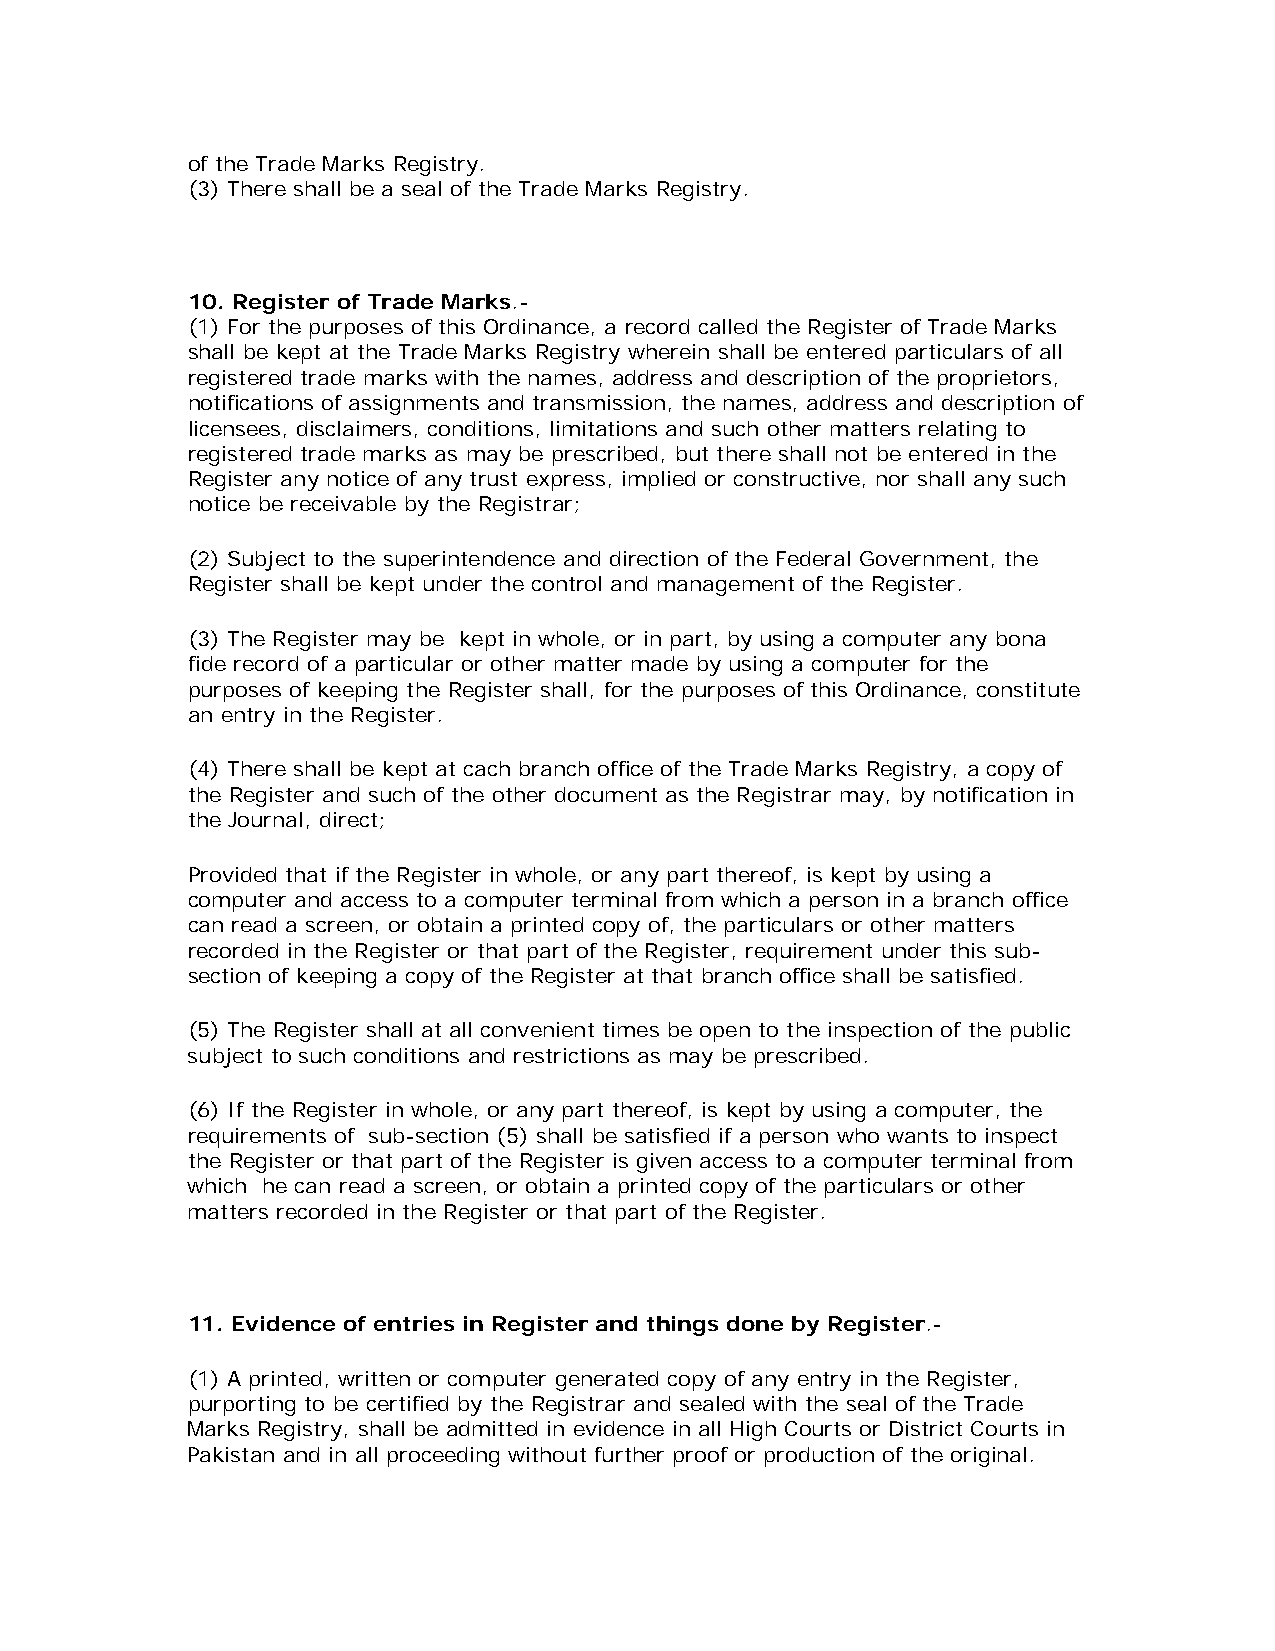
of the Trade Marks Registry.
 (3) There shall be a seal of the Trade Marks Registry.
 10. Register of Trade Marks.-
 (1) For the purposes of this Ordinance, a record called the Register of Trade Marks
 shall be kept at the Trade Marks Registry wherein shall be entered particulars of all
 registered trade marks with the names, address and description of the proprietors,
 notifications of assignments and transmission, the names, address and description of
 licensees, disclaimers, conditions, limitations and such other matters relating to
 registered trade marks as may be prescribed, but there shall not be entered in the
 Register any notice of any trust express, implied or constructive, nor shall any such
 notice be receivable by the Registrar;
 (2) Subject to the superintendence and direction of the Federal Government, the
 Register shall be kept under the control and management of the Register.
 (3) The Register may be kept in whole, or in part, by using a computer any bona
 fide record of a particular or other matter made by using a computer for the
 purposes of keeping the Register shall, for the purposes of this Ordinance, constitute
 an entry in the Register.
 (4) There shall be kept at cach branch office of the Trade Marks Registry, a copy of
 the Register and such of the other document as the Registrar may, by notification in
 the Journal, direct;
 Provided that if the Register in whole, or any part thereof, is kept by using a
 computer and access to a computer terminal from which a person in a branch office
 can read a screen, or obtain a printed copy of, the particulars or other matters
 recorded in the Register or that part of the Register, requirement under this sub-
 section of keeping a copy of the Register at that branch office shall be satisfied.
 (5) The Register shall at all convenient times be open to the inspection of the public
 subject to such conditions and restrictions as may be prescribed.
 (6) If the Register in whole, or any part thereof, is kept by using a computer, the
 requirements of sub-section (5) shall be satisfied if a person who wants to inspect
 the Register or that part of the Register is given access to a computer terminal from
 which he can read a screen, or obtain a printed copy of the particulars or other
 matters recorded in the Register or that part of the Register.
 11. Evidence of entries in Register and things done by Register.-
 (1) A printed, written or computer generated copy of any entry in the Register,
 purporting to be certified by the Registrar and sealed with the seal of the Trade
 Marks Registry, shall be admitted in evidence in all High Courts or District Courts in
 Pakistan and in all proceeding without further proof or production of the original.